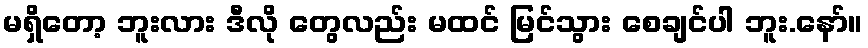
မရှိတော့ ဘူးလား ဒီလို တွေလည်း မထင် မြင်သွား စေချင်ပါ ဘူး.နော်။